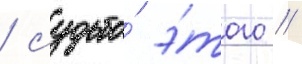
/ судьба́ э́того /